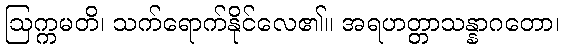
ဩက္ကမတိ၊ သက်ရောက်နိုင်လေ၏။ အရဟတ္တာသန္နာဂတော၊